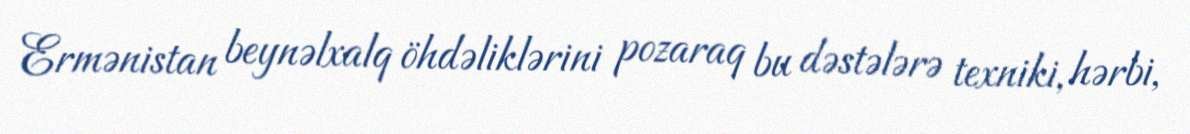
Ermənistan beynəlxalq öhdəliklərini pozaraq bu dəstələrə texniki, hərbi,